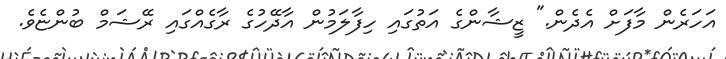
އަހަރެން މާފަށް އެދެން." ޒީޝާންގެ އަތުގައި ހިފާލަމުން އާދޭހުގެ ރާގެއްގައި ރޭޝަމް ބުންޏެވެ.